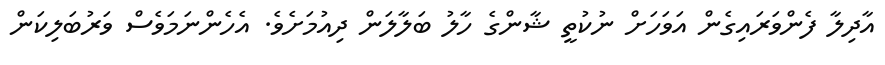
އާދިލާ ފެންވަރައިގެން އަވަހަށް ނުކުތީ ޝާންގެ ހާލު ބަލާލަން ދިއުމަށެވެ. އެހެންނަމަވެސް ވަރުބަލިކަން